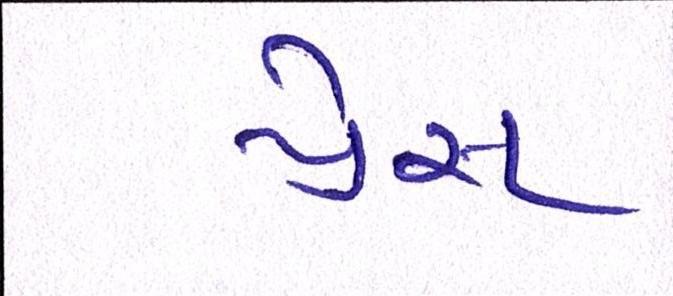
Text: પ્રેસ